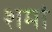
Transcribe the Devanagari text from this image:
शमां